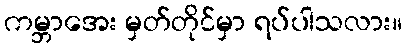
ကမ္ဘာအေး မှတ်တိုင်မှာ ရပ်ပါသလား။